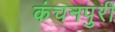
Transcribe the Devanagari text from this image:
कंचनपुरी